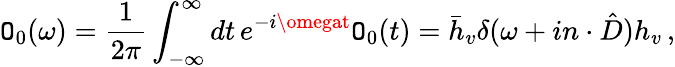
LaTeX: \mathtt{O}_{0}(\omega)={\frac{{1}}{{2\pi}}}\int_{-\infty}^{\infty}dt\, e^{-i\omegat}\mathtt{O}_{0}(t)=\bar{{h}}_{v}\delta(\omega+in\cdot\hat{{D}})h_{v}\, ,